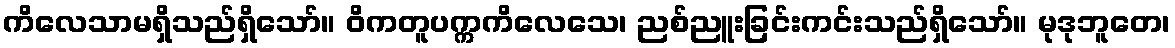
ကိလေသာမရှိသည်ရှိသော်။ ဝိကတူပက္ကကိလေသေ၊ ညစ်ညူးခြင်းကင်းသည်ရှိသော်။ မုဒုဘူတေ၊